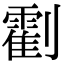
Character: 𠠛